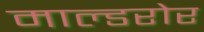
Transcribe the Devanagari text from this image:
माल्डरोर